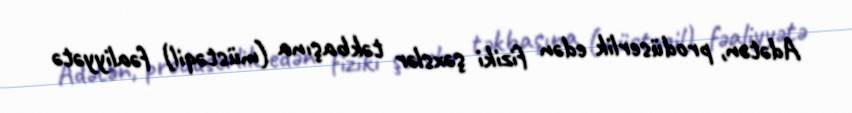
Adətən, prodüserlik edən fiziki şəxslər təkbaşına (müstəqil) fəaliyyətə